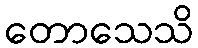
တောသေသိ